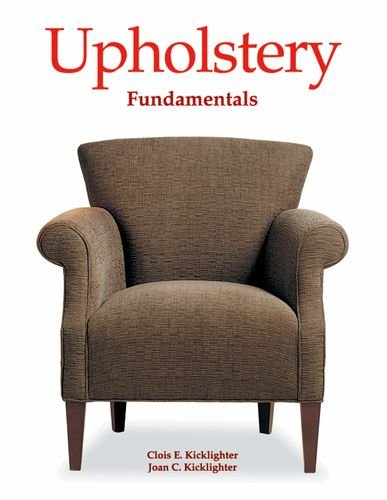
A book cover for Upholstery Fundamentals; Clois E. Kicklighter; Crafts, Hobbies & Home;